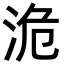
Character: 洈